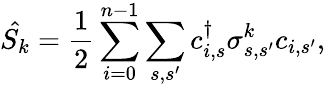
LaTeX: \hat{S_{k}}=\frac{1}{2}\sum_{i=0}^{n-1}\sum_{s,s^{\prime}}c_{i,s}^{\dagger}\sigma_{s,s^{\prime}}^{k}c_{i,s^{\prime}},